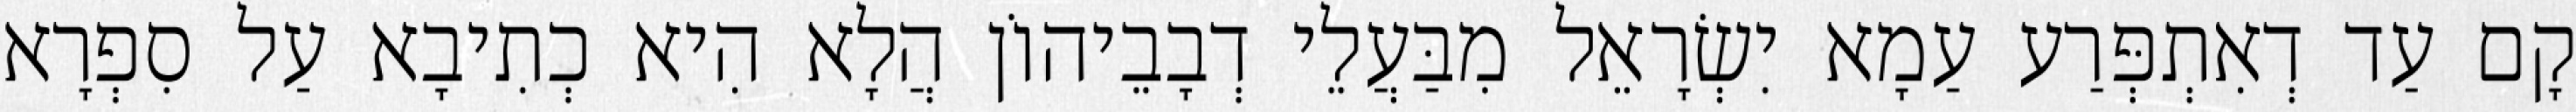
קָם עַד דְאִתְפְּרַע עַמָא יִשְׂרָאֵל מִבַּעֲלֵי דְבָבֵיהוֹן הֲלָא הִיא כְתִיבָא עַל סִפְרָא